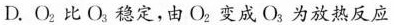
D.O_{2}比O_{3}稳定，由O_{2}变成O_{3}为放热反应